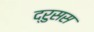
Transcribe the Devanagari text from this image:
द्रुसस